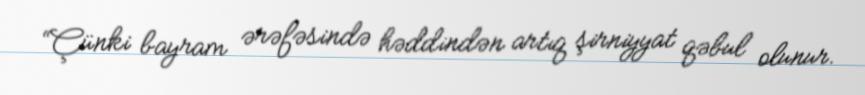
“Çünki bayram ərəfəsində həddindən artıq şirniyyat qəbul olunur.